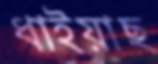
ধাইয়াছ